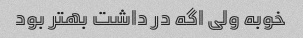
خوبه ولی اگه در داشت بهتر بود